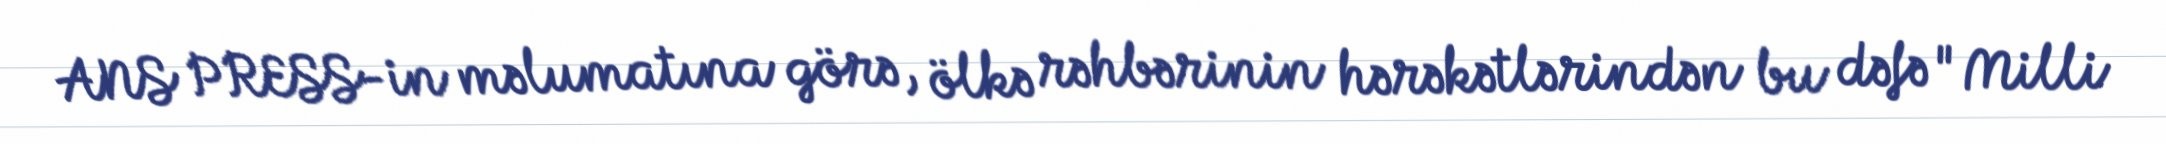
ANS PRESS-in məlumatına görə, ölkə rəhbərinin hərəkətlərindən bu dəfə "Milli